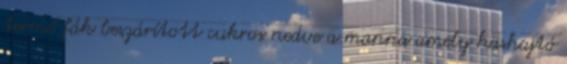
termő fák beszárított cukros nedve a manna amely hashajtó